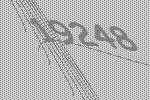
19248